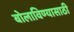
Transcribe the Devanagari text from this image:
बोलाविण्यासाठी